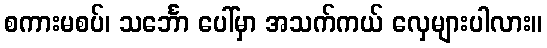
စကားမစပ်၊ သင်္ဘော ပေါ်မှာ အသက်ကယ် လှေများပါလား။